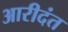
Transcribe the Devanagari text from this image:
आरीदंत